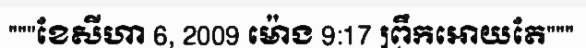
"""ខែសីហា 6, 2009 ម៉ោង 9:17 ព្រឹកអោយតែ"""